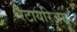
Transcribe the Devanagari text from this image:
रेटायरिअस